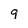
Character: 9